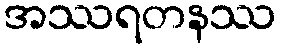
အဿရတနဿ